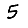
Digit: 5